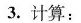
3.计算: